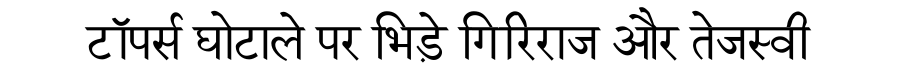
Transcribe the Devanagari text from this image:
टॉपर्स घोटाले पर भिड़े गिरिराज और तेजस्वी